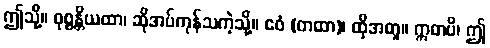
ဤသို့။ ဝုစ္စန္တိယထာ၊ ဆိုအပ်ကုန်သကဲ့သို့။ ဧဝံ (တထာ)၊ ထိုအတူ။ ဣဓာပိ၊ ဤ